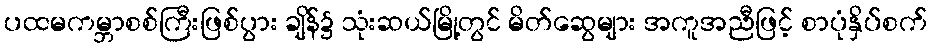
ပထမကမ္ဘာစစ်ကြီးဖြစ်ပွား ချိန်၌ သုံးဆယ်မြို့တွင် မိတ်ဆွေများ အကူအညီဖြင့် စာပုံနှိပ်စက်